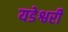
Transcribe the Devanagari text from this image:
यडेश्वरी